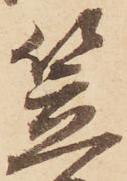
笠